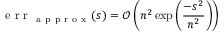
\mathrm { ~ e ~ r ~ r ~ } _ { \mathrm { ~ a ~ p ~ p ~ r ~ o ~ x ~ } } ( s ) = \mathcal { O } \left( n ^ { 2 } \exp \left( \frac { - s ^ { 2 } } { n ^ { 2 } } \right) \right)